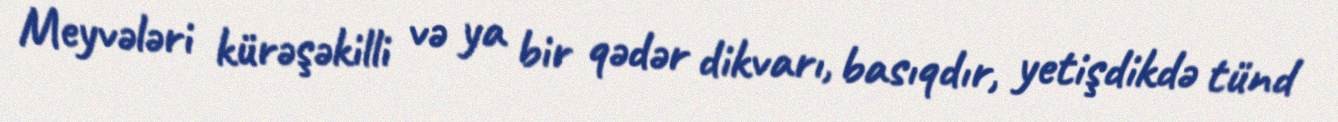
Meyvələri kürəşəkilli və ya bir qədər dikvarı, basıqdır, yetişdikdə tünd